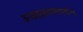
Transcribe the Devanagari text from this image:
आब्रह्मस्तम्भपर्यन्तं